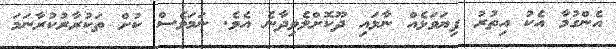
އެންގުމާ އެކު އިތުރު ފިޔަވަޅެއް ނާޅައި ދޫކޮށްލެވިދާނެ އެވެ. ނަމަވެސް ކުށް ތަކުރާރުކުރާނަމަ